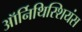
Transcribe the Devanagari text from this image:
ऑर्निथिस्शियंस